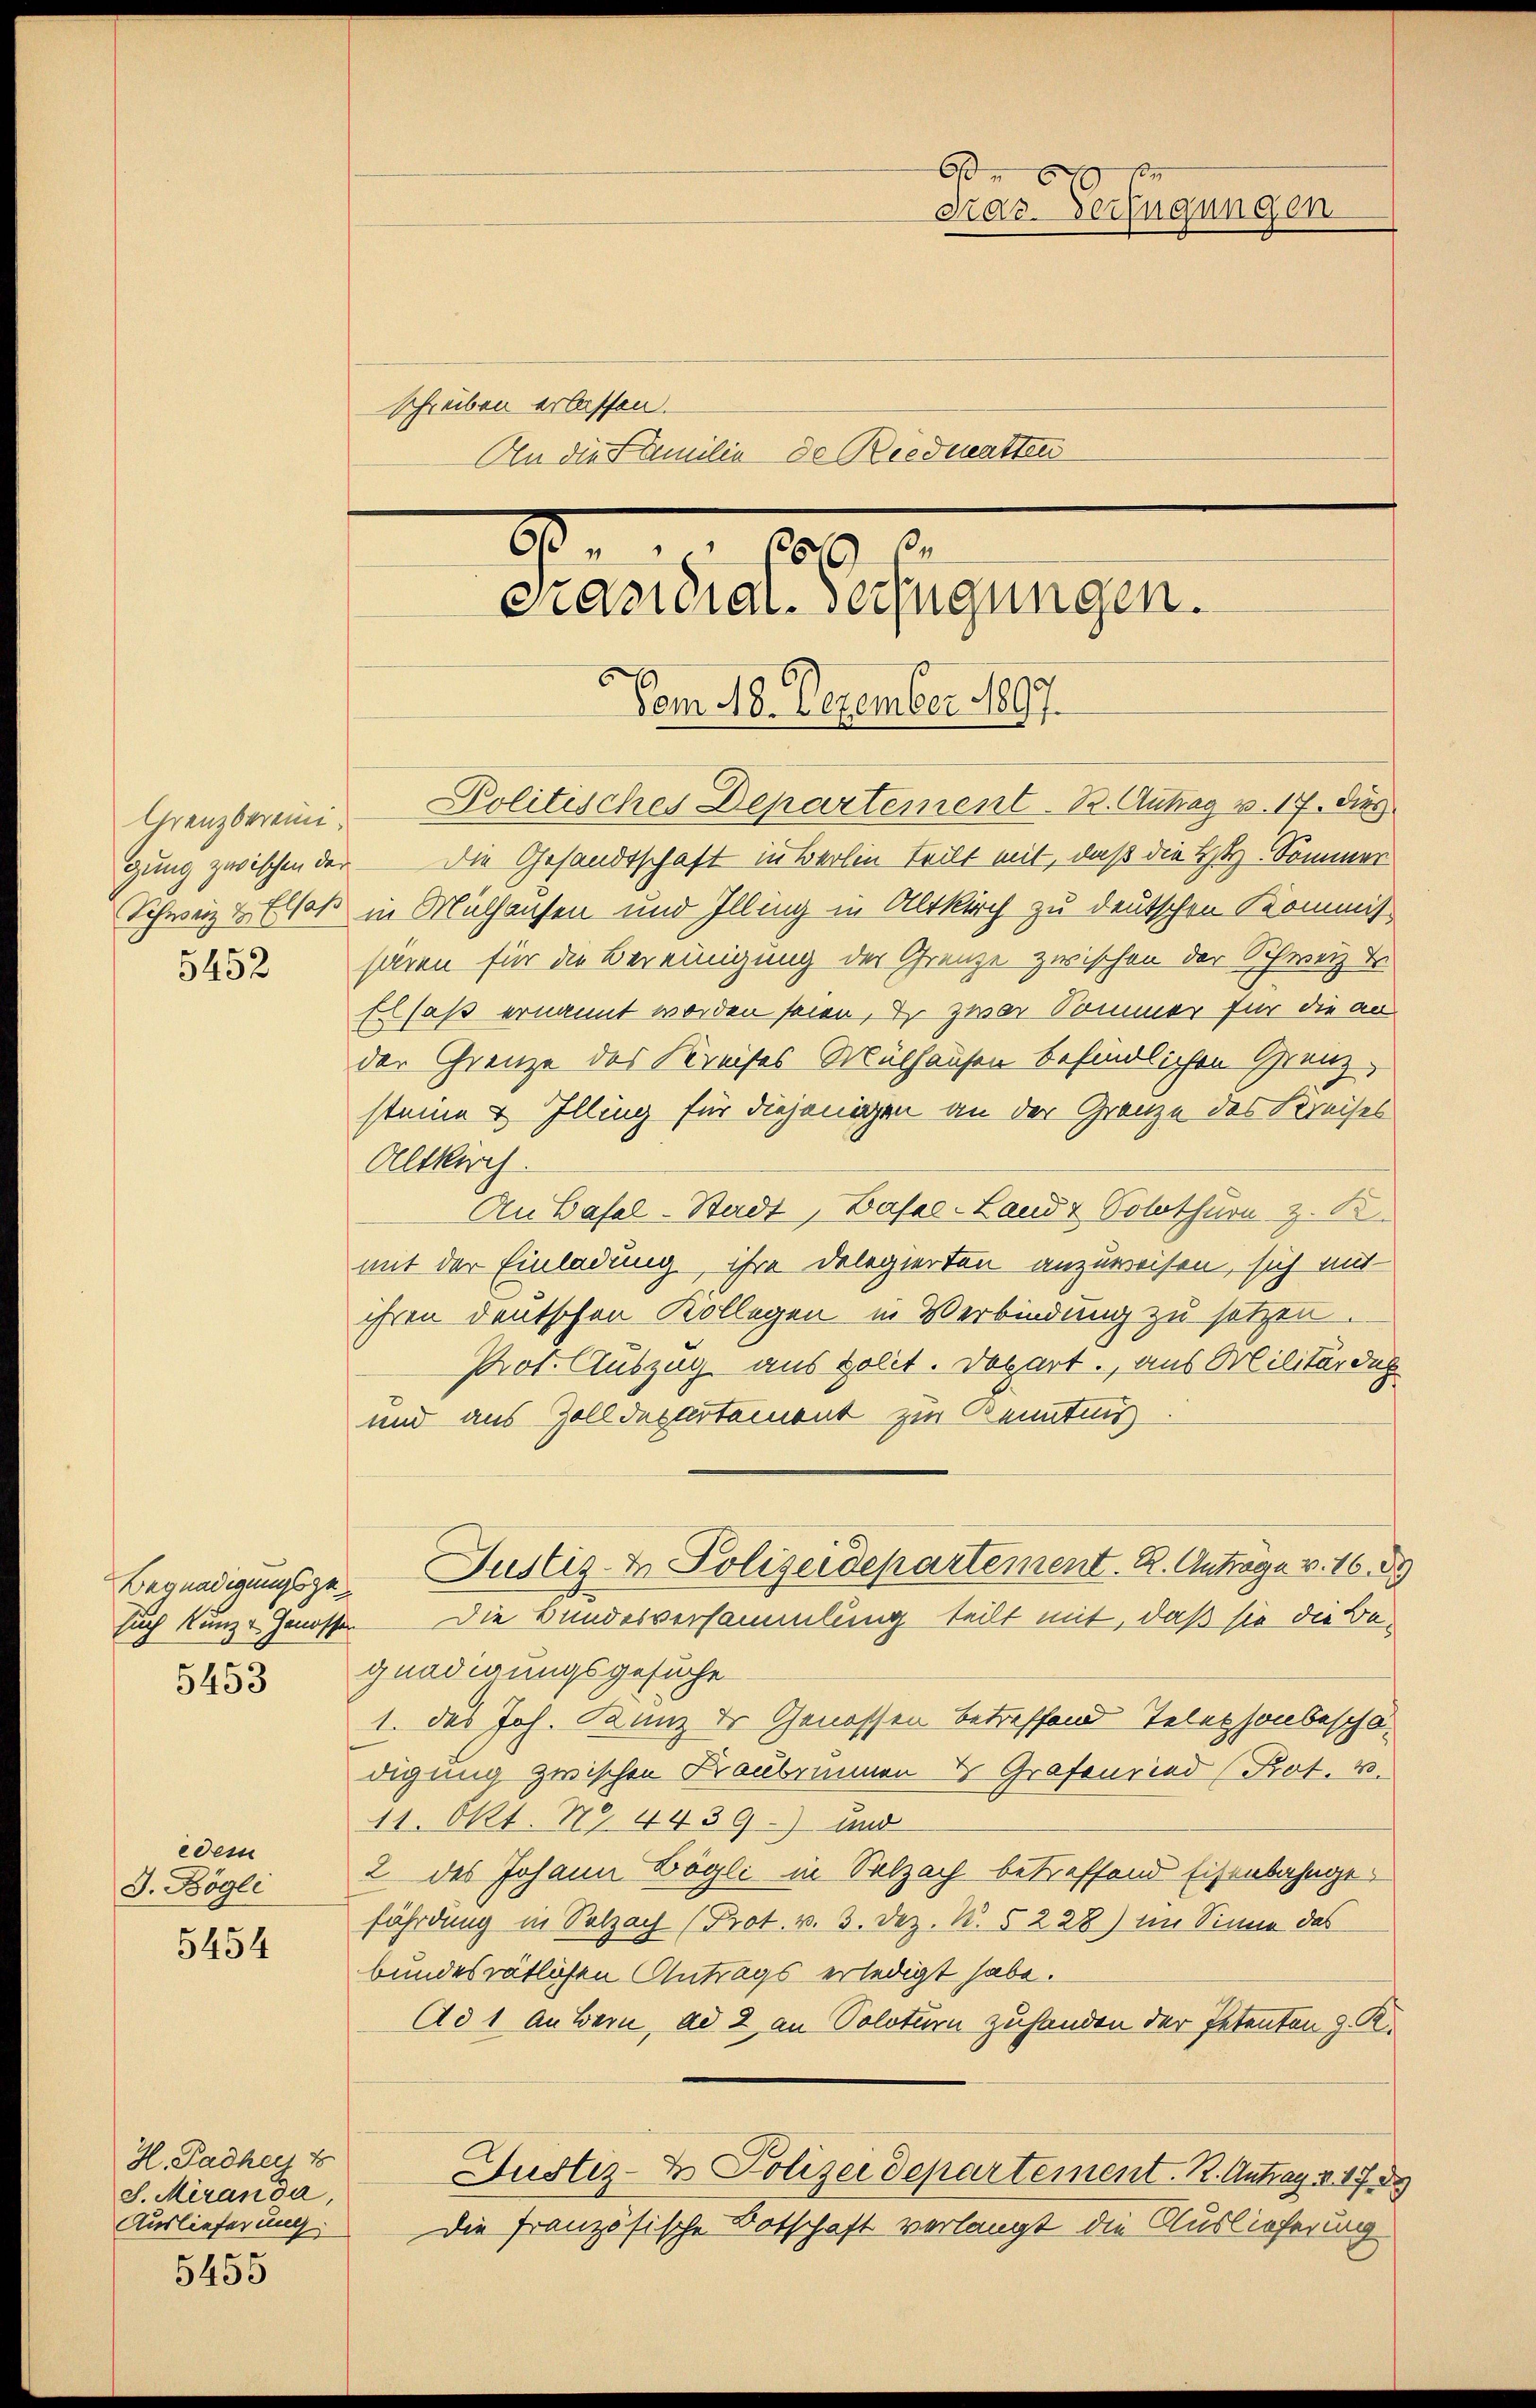
Begnadigungsge
5453

edem
J. Bögli
5454

H. Padhey E
S. Meranda,
Auslieferung

5455

66x
Kaz-Verfügungen
schreiben erlassen.
An die Familie de Riedmatten
Nr. 19. 100.
enauer erfügungen.
Vom 18. Dezember 1897.

Grenzberein Politisches Departement. B. Antrag v. 17. dies
gung zwischen der – die Gesandtschaft in Berlin teilt mit, daß die Hr. Sommer
Schweiz & Elsaß in Mülhausen und Illing in Altkirch zu deutschen Kommis
352 sären für die Bereinigung der Grenze zwischen der Schweiz u
Elsaß ernannt worden seien, & zwar Sommer für die an
der Grenze des Kreises Mülhausen befindlichen Grenz
steine & Illing für diejenigen an der Grenze des Kreises
Altkirch.
An Basel-Stadt, Basel-Land & Solothurn z. B.
mit der Einladung, ihre Delegierten anzuweisen, sich mit
ihren deutschen Kollegen in Verbindung zu setzen.
Prot. Auszug aus polit. Depart., aus Militärdig
und aus Zolldepartement zur Kenntnis
Justiz- & Polizeidepartement. R. Anträge v. 16. 89
such Kunze Genossen Die Bundesversammlung teilt mit, daß sie die Be-
gnadigungsgesuche
1. das Joh. Kunz der Genossen betreffend Telephonbeschädigung zwischen Fraubrinnen & Grafenried (Kot. 2.
11. Okt. 194439) und
2 des Johann Zögli in Salzach betreffend Eisenbahngefährdung in Salzach (Prot. v. 3. Dez. B. § 228) im Sinne das
bundesrätlichen Antrags erledigt habe.
Ad 1 Aubern, ad 2 an Soloturn zuhanden der Petenten z. K.
Justiz- & Polizeidepartement. R. Antrag v. 1729
Die französische Botschaft verlangt die Auslieferung